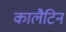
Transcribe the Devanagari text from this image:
कालैटिन